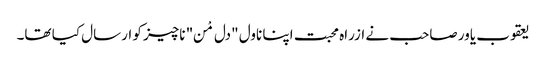
یعقوب یاور صاحب نے ازراہ محبت اپنا ناول "دل مْن" ناچیز کو ارسال کیا تھا۔